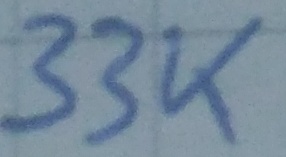
Text: 33K